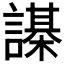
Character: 𧬗